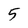
Character: 5